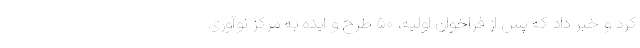
کرد و خبر داد که پس از فراخوان اولیه، ۵۰ طرح و ایده به مرکز نوآوری